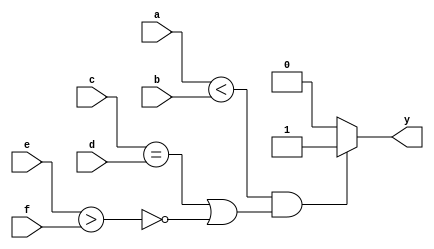
module logical_operator (a,b,c,d,e,f,y);
input [2:0] a,b,c,d,e,f;
output y;
reg y;
always @(a or b or c or d or e or f)
begin
    if ((a<b)&&((c==d) || ! (e>f)))
    y=1;
    else
    y=0;
end
endmodule